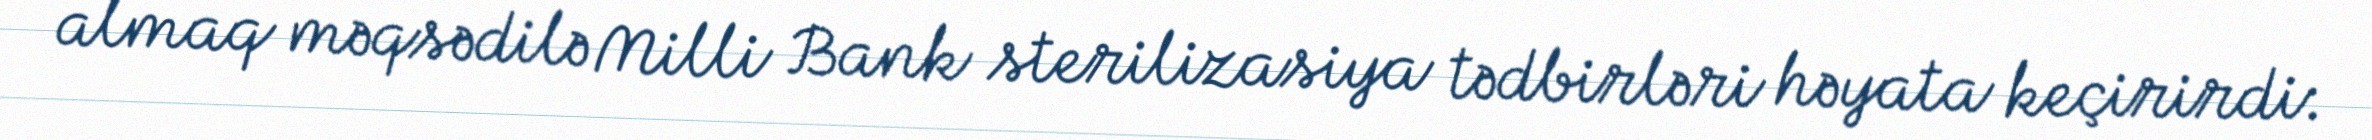
almaq məqsədilə Milli Bank sterilizasiya tədbirləri həyata keçirirdi: